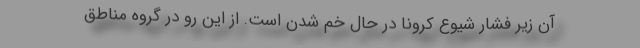
آن زیر فشار شیوع کرونا در حال خم شدن است. از این رو در گروه مناطق